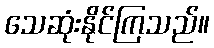
သေဆုံးနိုင်ကြသည်။